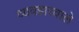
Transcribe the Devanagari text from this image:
व्यवहारवाले